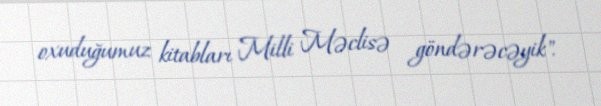
oxuduğumuz kitabları Milli Məclisə göndərəcəyik".